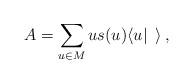
LaTeX: \begin{align*}A = \sum_{u\in M} u s(u) \langle u| \:\: \rangle \:,\end{align*}